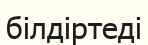
білдіртеді